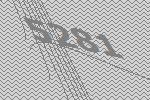
5281